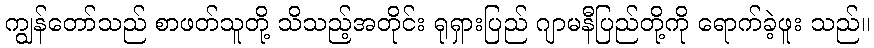
ကျွန်တော်သည် စာဖတ်သူတို့ သိသည့်အတိုင်း ရုရှားပြည် ဂျာမနီပြည်တို့ကို ရောက်ခဲ့ဖူး သည်။